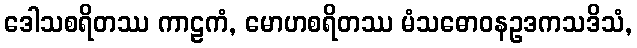
ဒေါသစရိတဿ ကာဠကံ, မောဟစရိတဿ မံသဓောဝနဥဒကသဒိသံ,